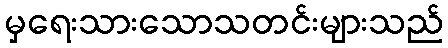
မှရေးသားသောသတင်းများသည်